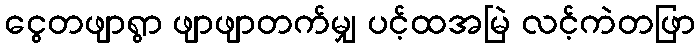
ငွေတဖျာရွာ ဖျာဖျာတက်မျှ ပင့်ထအမြဲ လင့်ကဲတဖြာ